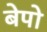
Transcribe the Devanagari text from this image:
बेपो